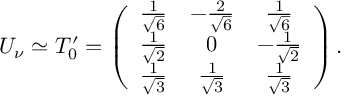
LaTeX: U _ { \nu } \simeq T _ { 0 } ^ { \prime } = \left( \begin{array} { c c c } { { \frac 1 { \sqrt { 6 } } } } & { { - \frac 2 { \sqrt { 6 } } } } & { { \frac 1 { \sqrt { 6 } } } } \\ { { \frac 1 { \sqrt { 2 } } } } & { { 0 } } & { { - \frac 1 { \sqrt { 2 } } } } \\ { { \frac 1 { \sqrt { 3 } } } } & { { \frac 1 { \sqrt { 3 } } } } & { { \frac 1 { \sqrt { 3 } } } } \end{array} \right) .